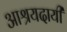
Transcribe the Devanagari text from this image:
आश्रयदायी